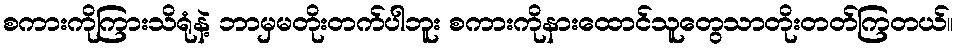
စကားကိုကြားသိရုံနဲ့ ဘာမှမတိုးတက်ပါဘူး စကားကိုနားထောင်သူတွေသာတိုးတတ်ကြတယ်။